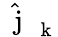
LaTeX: \hat{\mathrm{~\mathbf~j~}}_{\mathrm{~\mathbf~k~}}